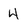
Character: 4